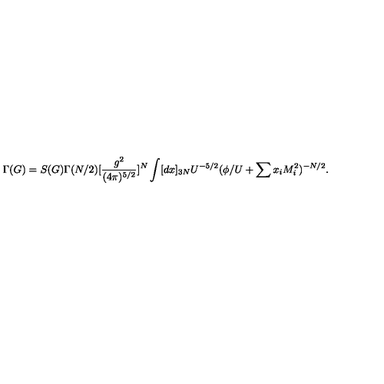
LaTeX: \Gamma ( G ) = S ( G ) \Gamma ( N / 2 ) [ \frac { g ^ { 2 } } { ( 4 \pi ) ^ { 5 / 2 } } ] ^ { N } \int [ d x ] _ { 3 N } U ^ { - 5 / 2 } ( \phi / U + \sum x _ { i } M _ { i } ^ { 2 } ) ^ { - N / 2 } .